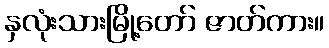
နှလုံးသားမြို့တော် ဇာတ်ကား။